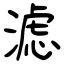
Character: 滤